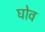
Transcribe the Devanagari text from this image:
घोव